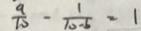
\frac { 9 } { 1 0 } - \frac { 1 } { 1 0 - 6 } = 1